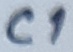
Text: C1